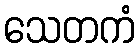
သေတကံ